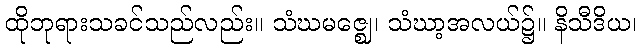
ထိုဘုရားသခင်သည်လည်း။ သံဃမဇ္ဈေ၊ သံဃာ့အလယ်၌။ နိသီဒိယ၊